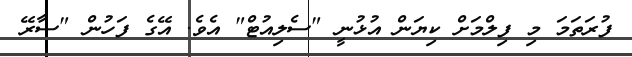
ފުރަތަމަ މި ފިލްމަށް ކިޔަން އުޅުނީ "ސެލިއުޓް" އެވެ. އޭގެ ފަހުން "ސާރޭ